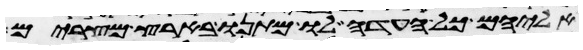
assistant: אליהם כל העדה לו מתנו בארץ מצרים